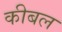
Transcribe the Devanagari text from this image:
कीबल